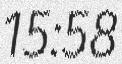
15:58